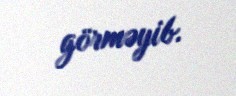
görməyib.